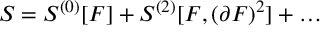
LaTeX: S = S ^ { ( 0 ) } [ F ] + S ^ { ( 2 ) } [ F , ( \partial F ) ^ { 2 } ] + \dots